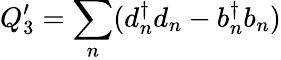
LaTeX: Q_{3}^{\prime}={\sum_{n}}(d_{n}^{\dagger}d_{n}-b_{n}^{\dagger}b_{n})